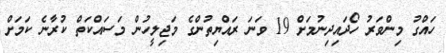
ހައްގު މިންވަރު ހޯދައިދިނުމަށް 19 ވަނަ ރައްޔިތުންގެ މަޖިލީހުން މަސައްކަތް ކުރާނެ ކަމަށް